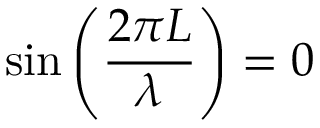
\sin \left( { \frac { 2 \pi L } { \lambda } } \right) = 0